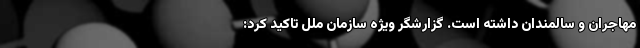
مهاجران و سالمندان داشته است. گزارشگر ویژه سازمان ملل تاکید کرد: